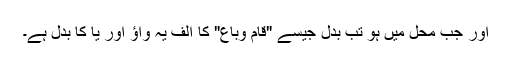
اور جب محل میں ہو تب بدل جیسے "قام وباع" کا الف یہ واؤ اور یا کا بدل ہے۔